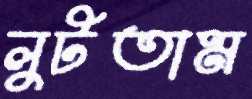
লুটতাম